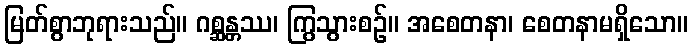
မြတ်စွာဘုရားသည်။ ဂစ္ဆန္တဿ၊ ကြွသွားစဉ်။ အစေတနာ၊ စေတနာမရှိသော။